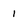
Character: 1